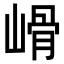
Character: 𡻋